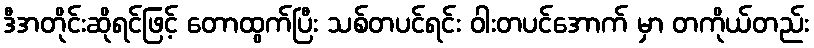
ဒီအတိုင်းဆိုရင်ဖြင့် တောထွက်ပြီး သစ်တပင်ရင်း ဝါးတပင်အောက် မှာ တကိုယ်တည်း